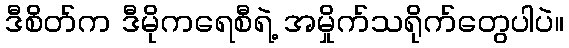
ဒီစိတ်က ဒီမိုကရေစီရဲ့ အမှိုက်သရိုက်တွေပါပဲ။